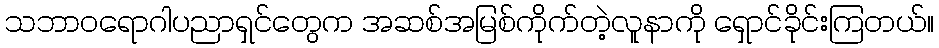
သဘာဝရောဂါပညာရှင်တွေက အဆစ်အမြစ်ကိုက်တဲ့လူနာကို ရှောင်ခိုင်းကြတယ်။